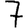
Digit: 7